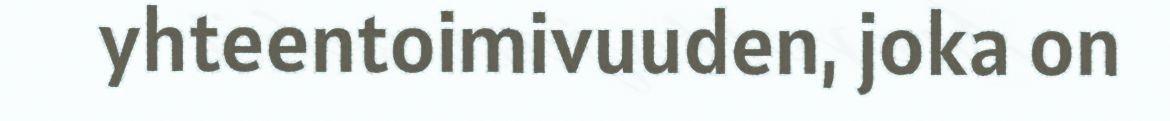
yhteentoimivuuden, joka on